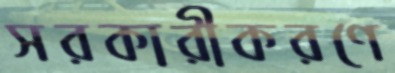
সরকারীকরণে